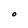
Character: O